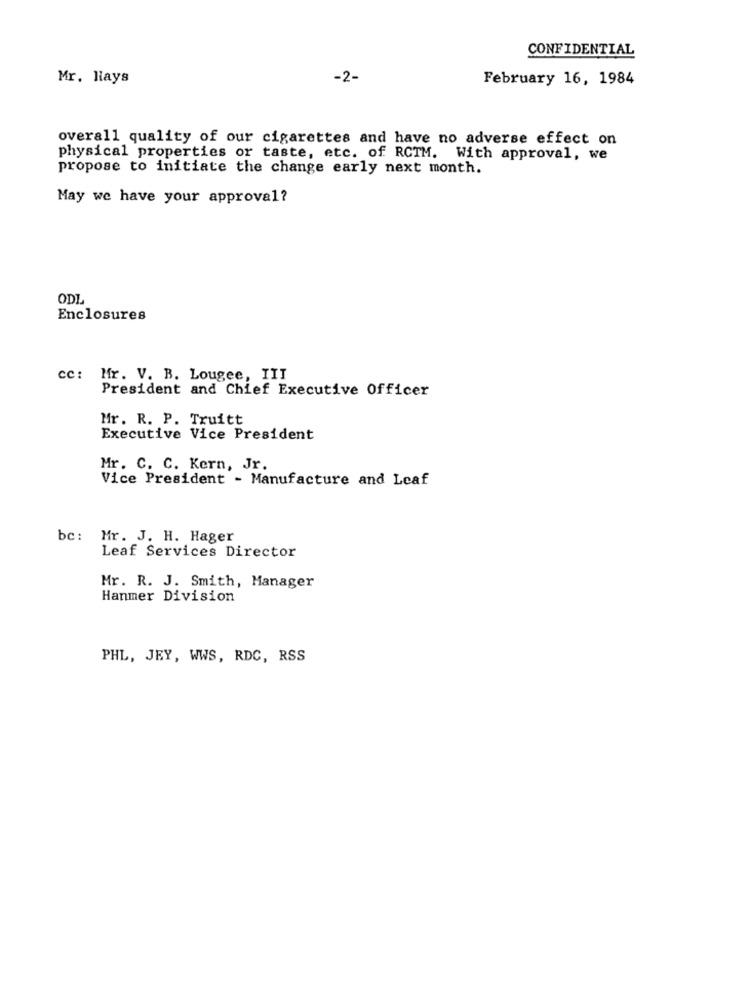
CONFIDENTIAL
Mr. Hays
-2-
February 16, 1984
overall quality of our cigarettes and have no adverse effect on
physical properties or taste, etc. of RCTM. With approval, we
propose to initiate the change early next month.
May we have your approval?
ODL
Enclosures
cc: Mr. V. B. Lougee, III
President and Chief Executive Officer
Mr. R. P. Truitt
Executive Vice President
Mr. C. C. Kern, Jr.
Vice President - Manufacture and Leaf
be: Mr. J. H. Hager
Leaf Services Director
Mr. R. J. Smith, Manager
Hanmer Division
PHL, JEY, WWS, RDC, RSS